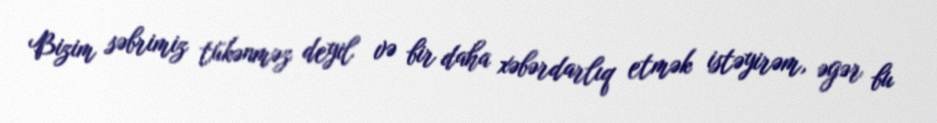
Bizim səbrimiz tükənməz deyil və bir daha xəbərdarlıq etmək istəyirəm, əgər bu